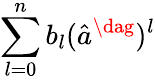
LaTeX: \sum_{l=0}^{n}b_{l}(\hat{a}^{\dag})^{l}